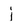
Character: j